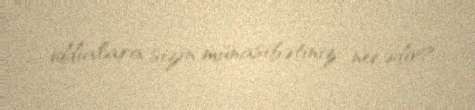
iddialara sizin münasibətiniz necədir?.